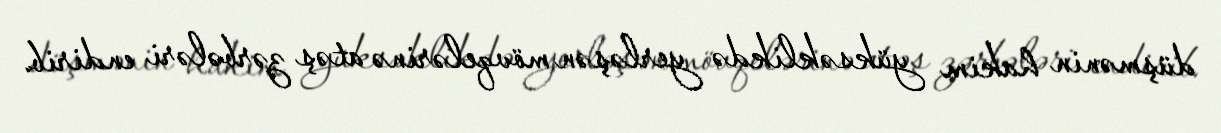
düşmənin hakim yüksəklikdə yerləşən mövqelərinə atəş zərbələri endirib.